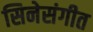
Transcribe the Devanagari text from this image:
सिनेसंगीत